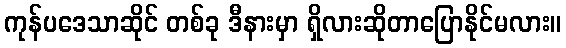
ကုန်ပဒေသာဆိုင် တစ်ခု ဒီနားမှာ ရှိလားဆိုတာပြောနိုင်မလား။